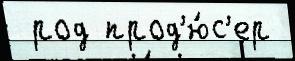
 род прод'ю́с'ер